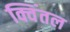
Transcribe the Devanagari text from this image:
क्विंतल